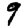
Digit: 9